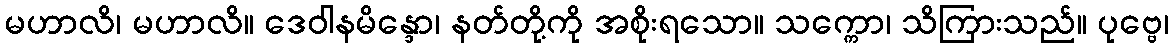
မဟာလိ၊ မဟာလိ။ ဒေဝါနမိန္ဒော၊ နတ်တို့ကို အစိုးရသော။ သက္ကော၊ သိကြားသည်။ ပုဗ္ဗေ၊